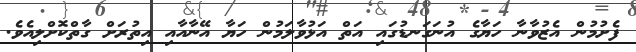
ފެށުމުން އެޒުވާނާ ހަޔާގެ އުނަގަނޑުގައި އަތް އަޅުވާލަމުން ހަޔާ އޭނާއާއި އިތުރަށް ގާތްކޮށްލިއެވެ.